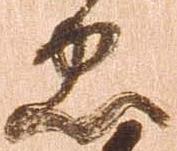
忠